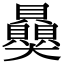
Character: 𧹈